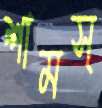
শামস্